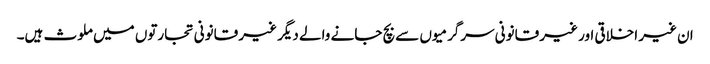
ان غیر اخلاقی اور غیر قانونی سرگرمیوں سے بچ جانے والے دیگر غیر قانونی تجارتوں میں ملوث ہیں۔